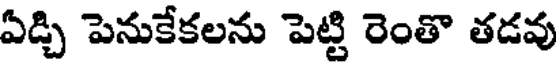
ఏడ్చి పెనుకేకలను పెట్టి రెంతొ తడవు